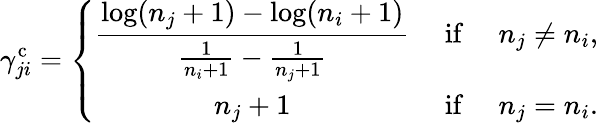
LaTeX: \gamma_{ji}^{\mathrm{c}}=\left\{ \begin{array}{ccl}{\displaystyle\frac{\log(n_{j}+1)-\log(n_{i}+1)}{\frac{1}{n_{i}+1}-\frac{1}{n_{j}+1}}}&{\mathrm{~if~}}&{n_{j}\not=n_{i},}\\ {n_{j}+1}&{\mathrm{~if~}}&{n_{j}=n_{i}.}\end{array}\right.